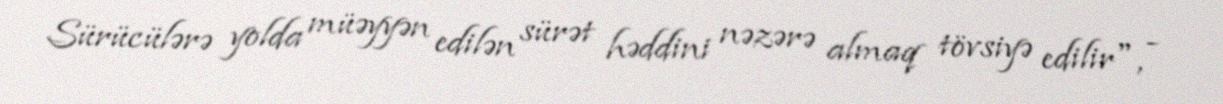
Sürücülərə yolda müəyyən edilən sürət həddini nəzərə almaq tövsiyə edilir", -